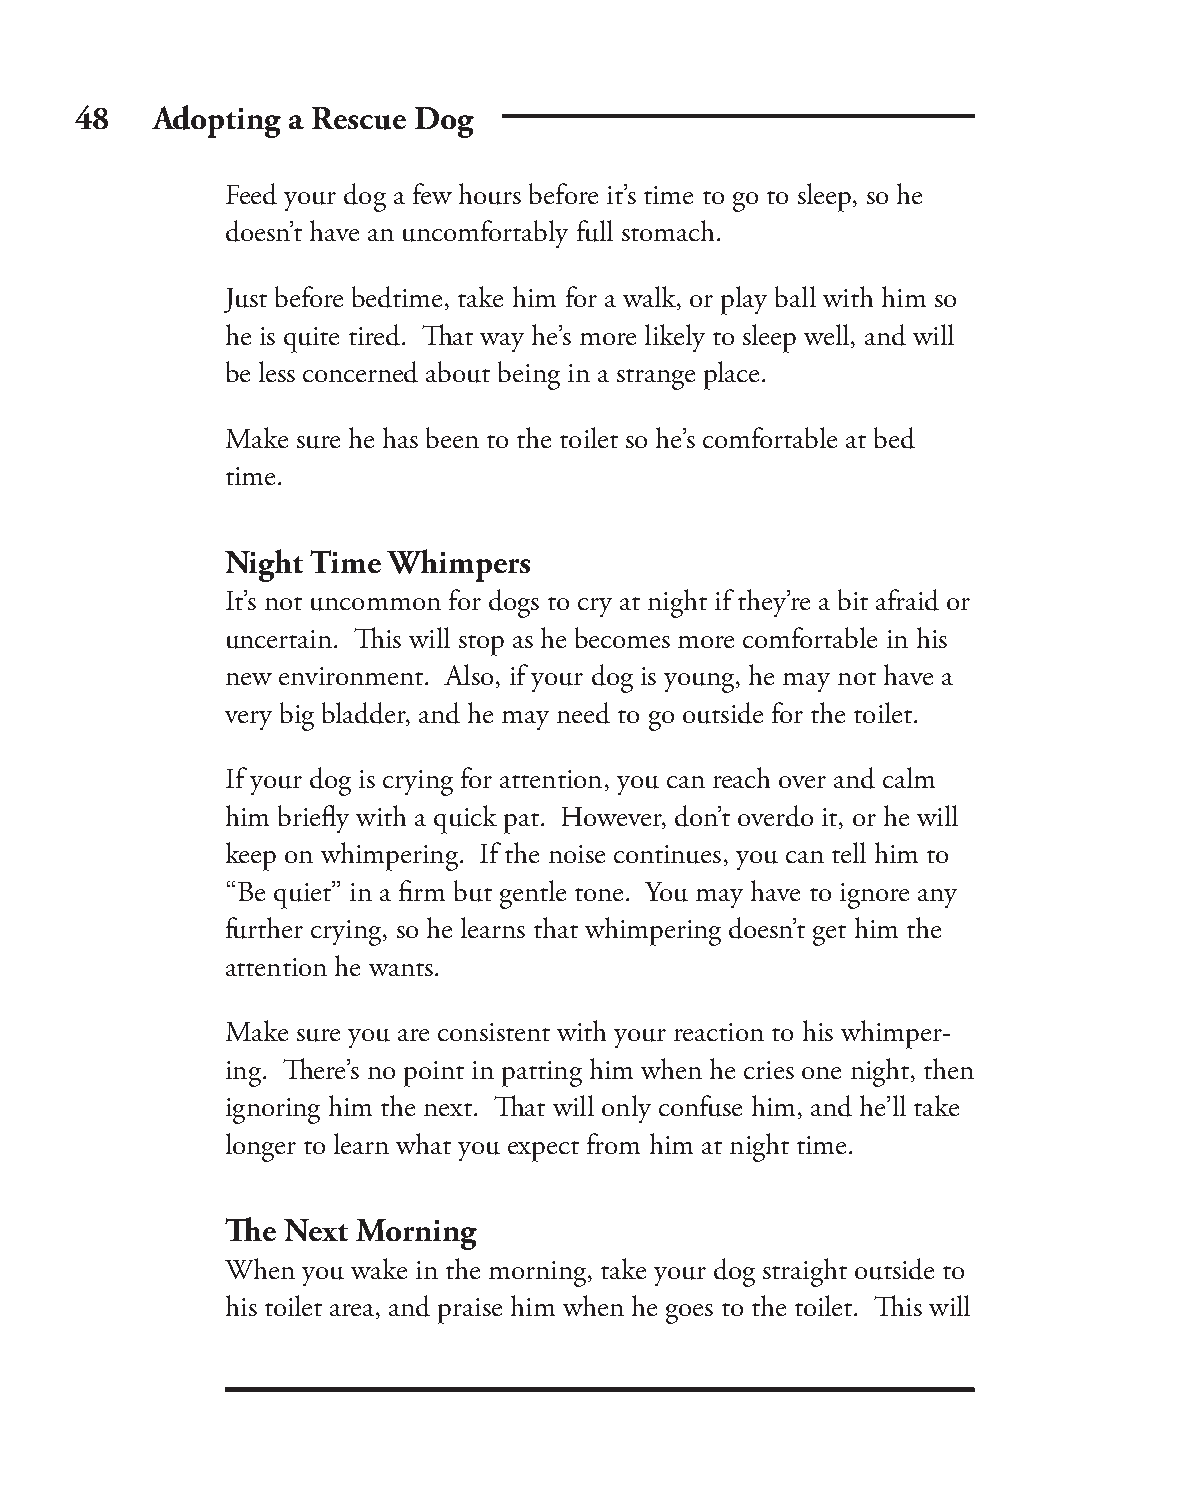
48   Adopting a Rescue Dog
 Feed your dog a few hours before it’s time to go to sleep, so he
 doesn’t have an uncomfortably full stomach.
 Just before bedtime, take him for a walk, or play ball with him so
 he is quite tired. Th at way he’s more likely to sleep well, and will
 be less concerned about being in a strange place.
 Make sure he has been to the toilet so he’s comfortable at bed
 time.
 Night Time Whimpers
 It’s not uncommon for dogs to cry at night if they’re a bit afraid or
 uncertain. Th is will stop as he becomes more comfortable in his
 new environment. Also, if your dog is young, he may not have a
 very big bladder, and he may need to go outside for the toilet.
 If your dog is crying for attention, you can reach over and calm
 him briefl y with a quick pat. However, don’t overdo it, or he will
 keep on whimpering. If the noise continues, you can tell him to
 “Be quiet” in a fi rm but gentle tone. You may have to ignore any
 further crying, so he learns that whimpering doesn’t get him the
 attention he wants.
 Make sure you are consistent with your reaction to his whimper-
 ing. Th ere’s no point in patting him when he cries one night, then
 ignoring him the next. Th at will only confuse him, and he’ll take
 longer to learn what you expect from him at night time.
 Th e Next Morning
 When you wake in the morning, take your dog straight outside to
 his toilet area, and praise him when he goes to the toilet. Th is will